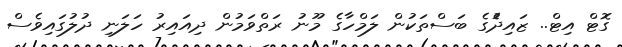
ގޮޓް އިޓް.. ޒައިދުެގެ ބަަސްތަކުން ލަމްހާގެ މޫނު ރަތްވަމުން ދިއައިރު ހަލަނި ދުލުގައިވެސް